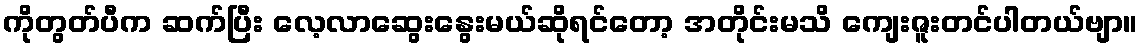
ကိုတွတ်ပီက ဆက်ပြီး လေ့လာဆွေးနွေးမယ်ဆိုရင်တော့ အတိုင်းမသိ ကျေးဇူးတင်ပါတယ်ဗျာ။